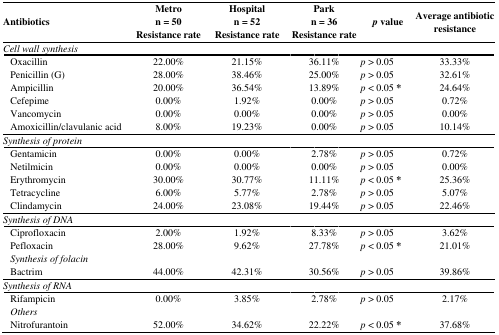
<table><thead><tr><td rowspan="3"><b>Antibiotics</b></td><td><b>Metro</b></td><td><b>Hospital</b></td><td><b>Park</b></td><td rowspan="3"><b><i>p</i> value</b></td><td rowspan="3"><b>Average antibiotic resistance</b></td></tr><tr><td><b>n = 50</b></td><td><b>n = 52</b></td><td><b>n = 36</b></td></tr><tr><td><b>Resistance rate</b></td><td><b>Resistance rate</b></td><td><b>Resistance rate</b></td></tr></thead><tbody><tr><td><i>Cell wall synthesis</i></td><td></td><td></td><td></td><td></td><td></td></tr><tr><td> Oxacillin</td><td>22.00%</td><td>21.15%</td><td>36.11%</td><td><i>p</i> &gt; 0.05</td><td>33.33%</td></tr><tr><td> Penicillin (G)</td><td>28.00%</td><td>38.46%</td><td>25.00%</td><td><i>p</i> &gt; 0.05</td><td>32.61%</td></tr><tr><td> Ampicillin</td><td>20.00%</td><td>36.54%</td><td>13.89%</td><td><i>p</i> &lt; 0.05 *</td><td>24.64%</td></tr><tr><td> Cefepime</td><td>0.00%</td><td>1.92%</td><td>0.00%</td><td><i>p</i> &gt; 0.05</td><td>0.72%</td></tr><tr><td> Vancomycin</td><td>0.00%</td><td>0.00%</td><td>0.00%</td><td><i>p</i> &gt; 0.05</td><td>0.00%</td></tr><tr><td> Amoxicillin/clavulanic acid</td><td>8.00%</td><td>19.23%</td><td>0.00%</td><td><i>p</i> &gt; 0.05</td><td>10.14%</td></tr><tr><td><i>Synthesis of protein</i></td><td></td><td></td><td></td><td></td><td></td></tr><tr><td> Gentamicin</td><td>0.00%</td><td>0.00%</td><td>2.78%</td><td><i>p</i> &gt; 0.05</td><td>0.72%</td></tr><tr><td> Netilmicin</td><td>0.00%</td><td>0.00%</td><td>0.00%</td><td><i>p</i> &gt; 0.05</td><td>0.00%</td></tr><tr><td> Erythromycin</td><td>30.00%</td><td>30.77%</td><td>11.11%</td><td><i>p</i> &lt; 0.05 *</td><td>25.36%</td></tr><tr><td> Tetracycline</td><td>6.00%</td><td>5.77%</td><td>2.78%</td><td><i>p</i> &gt; 0.05</td><td>5.07%</td></tr><tr><td> Clindamycin</td><td>24.00%</td><td>23.08%</td><td>19.44%</td><td><i>p</i> &gt; 0.05</td><td>22.46%</td></tr><tr><td><i>Synthesis of DNA</i></td><td></td><td></td><td></td><td></td><td></td></tr><tr><td> Ciprofloxacin</td><td>2.00%</td><td>1.92%</td><td>8.33%</td><td><i>p</i> &gt; 0.05</td><td>3.62%</td></tr><tr><td> Pefloxacin</td><td>28.00%</td><td>9.62%</td><td>27.78%</td><td><i>p</i> &lt; 0.05 *</td><td>21.01%</td></tr><tr><td> <i>Synthesis of folacin</i></td><td></td><td></td><td></td><td></td><td></td></tr><tr><td> Bactrim</td><td>44.00%</td><td>42.31%</td><td>30.56%</td><td><i>p</i> &gt; 0.05</td><td>39.86%</td></tr><tr><td><i>Synthesis of RNA</i></td><td></td><td></td><td></td><td></td><td></td></tr><tr><td> Rifampicin</td><td>0.00%</td><td>3.85%</td><td>2.78%</td><td><i>p</i> &gt; 0.05</td><td>2.17%</td></tr><tr><td><i> Others</i></td><td></td><td></td><td></td><td></td><td></td></tr><tr><td> Nitrofurantoin</td><td>52.00%</td><td>34.62%</td><td>22.22%</td><td><i>p</i> &lt; 0.05 *</td><td>37.68%</td></tr></tbody></table>